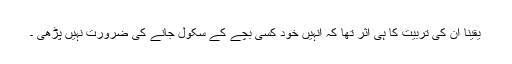
یقینا ان کی تربیت کا ہی اثر تھا کہ انہیں خود کسی بچے کے سکول جانے کی ضرورت نہیں پڑھی ۔